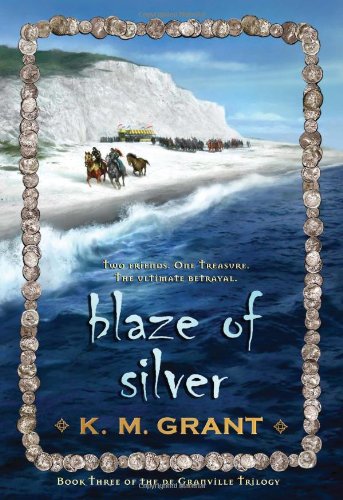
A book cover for Blaze of Silver (The deGranville Triliogy); K. M. Grant; Teen & Young Adult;